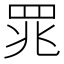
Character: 𫅄